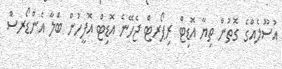
އުސޫލެއްގެ ގޮތުން ތިޔާ އޮޑިޓް ރިޕޯރޓް ޖެހޭނެ އޮޑިޓް އޮފީހުން ބަލާ އެންޑޯރސް